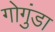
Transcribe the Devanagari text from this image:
गोगुंडा